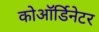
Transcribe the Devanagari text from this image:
कोऑर्डिनेटर